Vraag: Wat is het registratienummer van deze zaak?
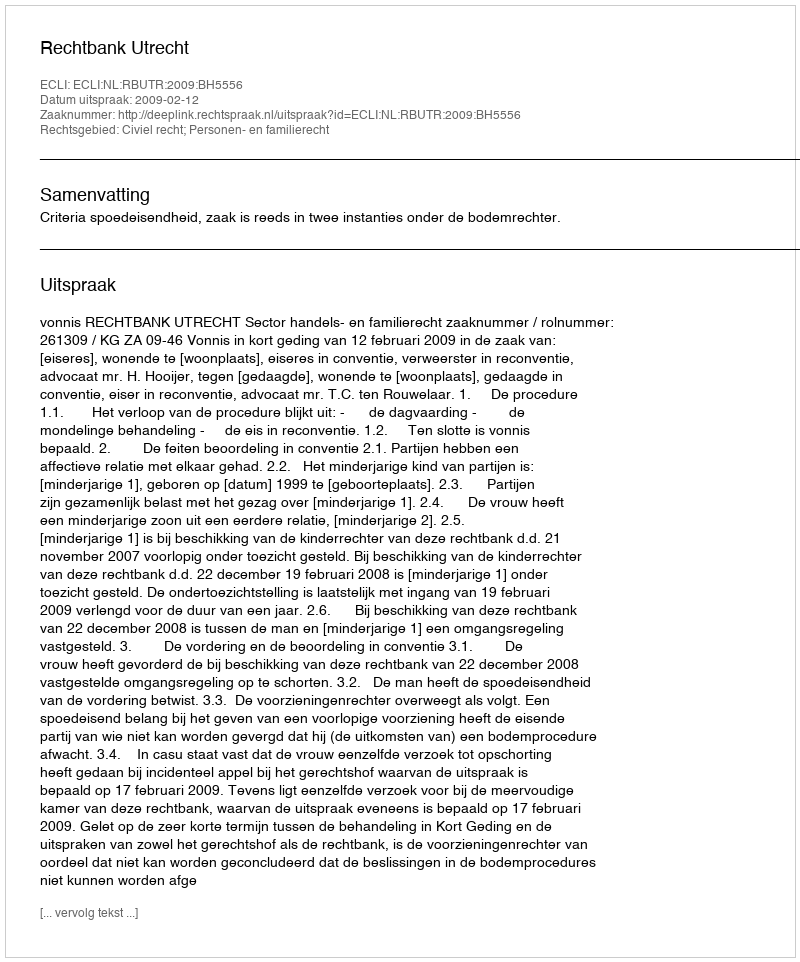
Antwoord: http://deeplink.rechtspraak.nl/uitspraak?id=ECLI:NL:RBUTR:2009:BH5556